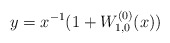
\begin{align*}y=x^{-1}(1+W^{(0)}_{1,0}(x))\end{align*}